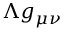
\Lambda g _ { \mu \nu }